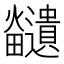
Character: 𪺊